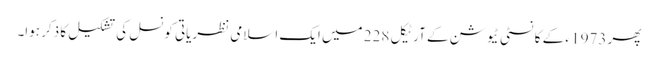
پھر 1973 ء کے کانسٹی ٹیوشن کے آرٹیکل 228 میں ایک اسلامی نظریاتی کونسل کی تشکیل کا ذکر ہوا۔